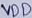
Text: VDD